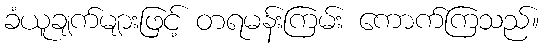
ခံယူချက်များဖြင့် တရမန်းကြမ်း ကောက်ကြသည်။